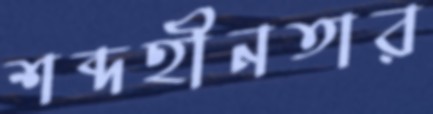
শব্দহীনতার